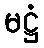
မဋ္ဌံ